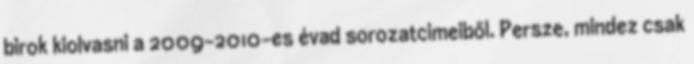
birok kiolvasni a 2009-2010-es évad sorozatcimeiből. Persze, mindez csak